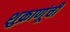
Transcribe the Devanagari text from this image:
शुक्राणूंची